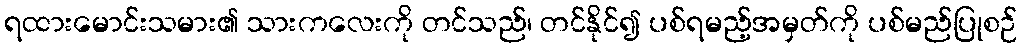
ရထားမောင်းသမား၏ သားကလေးကို တင်သည်၊ တင်နိုင်၍ ပစ်ရမည့်အမှတ်ကို ပစ်မည်ပြုစဉ်